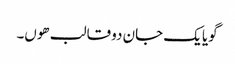
گویا یک جان دو قالب ھوں۔